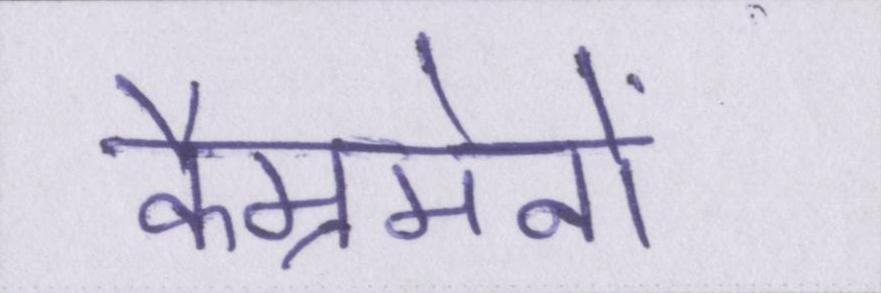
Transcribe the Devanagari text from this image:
कैम्रमेनों